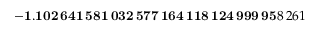
\mathbf { - 1 . 1 0 2 \, 6 4 1 \, 5 8 1 \, 0 3 2 \, 5 7 7 \, 1 6 4 \, 1 1 8 \, 1 2 4 \, 9 9 9 \, 9 5 } 8 \, 2 6 1